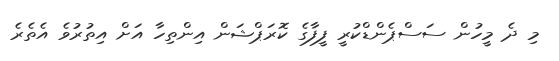
މި ދެ މީހުން ސަސްޕެންޑްކުރީ ފީފާގެ ކޮރަޕްޝަން އިންތިހާ އަށް އިތުރުވެ އެތެރެ